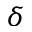
\delta